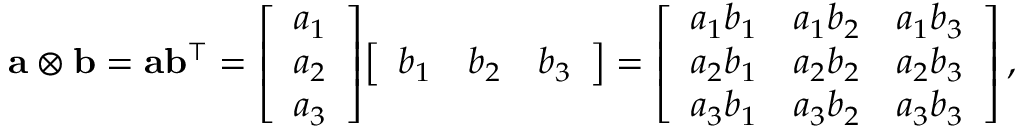
\mathbf { a } \otimes \mathbf { b } = \mathbf { a } \mathbf { b } ^ { \intercal } = { \left[ \begin{array} { l } { a _ { 1 } } \\ { a _ { 2 } } \\ { a _ { 3 } } \end{array} \right] } { \left[ \begin{array} { l l l } { b _ { 1 } } & { b _ { 2 } } & { b _ { 3 } } \end{array} \right] } = { \left[ \begin{array} { l l l } { a _ { 1 } b _ { 1 } } & { a _ { 1 } b _ { 2 } } & { a _ { 1 } b _ { 3 } } \\ { a _ { 2 } b _ { 1 } } & { a _ { 2 } b _ { 2 } } & { a _ { 2 } b _ { 3 } } \\ { a _ { 3 } b _ { 1 } } & { a _ { 3 } b _ { 2 } } & { a _ { 3 } b _ { 3 } } \end{array} \right] } \, ,